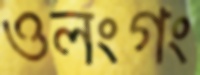
ওলংগং